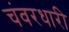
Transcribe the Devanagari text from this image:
चंवरधारी